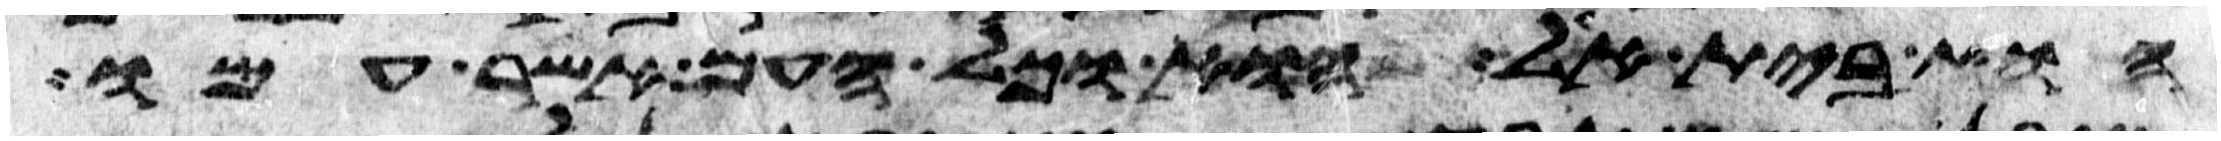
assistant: הוא בית אל הוא וכל העם אשר עמו